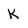
Character: k